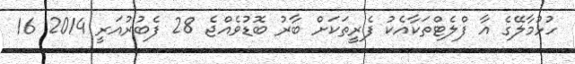
ހުޅުމާލޭގެ އާ ފްލެޓްތަކާއެކު ފެރީތަކަށް ބާރު ބޮޑުވެއްޖެ 28 ފެބުރުއަރީ 2014 16